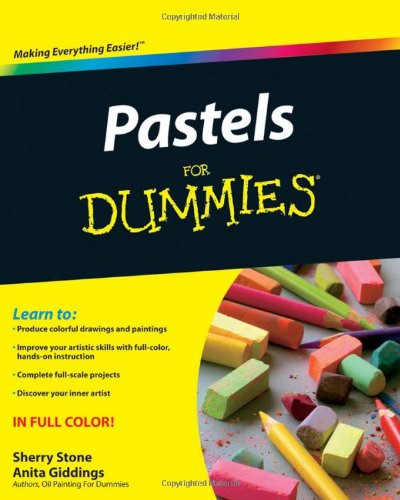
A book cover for Pastels For Dummies; Sherry Stone Clifton; Arts & Photography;